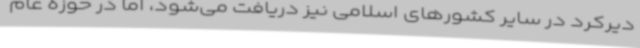
دیرکرد در سایر کشورهای اسلامی نیز دریافت می‌شود، اما در حوزه عام‌